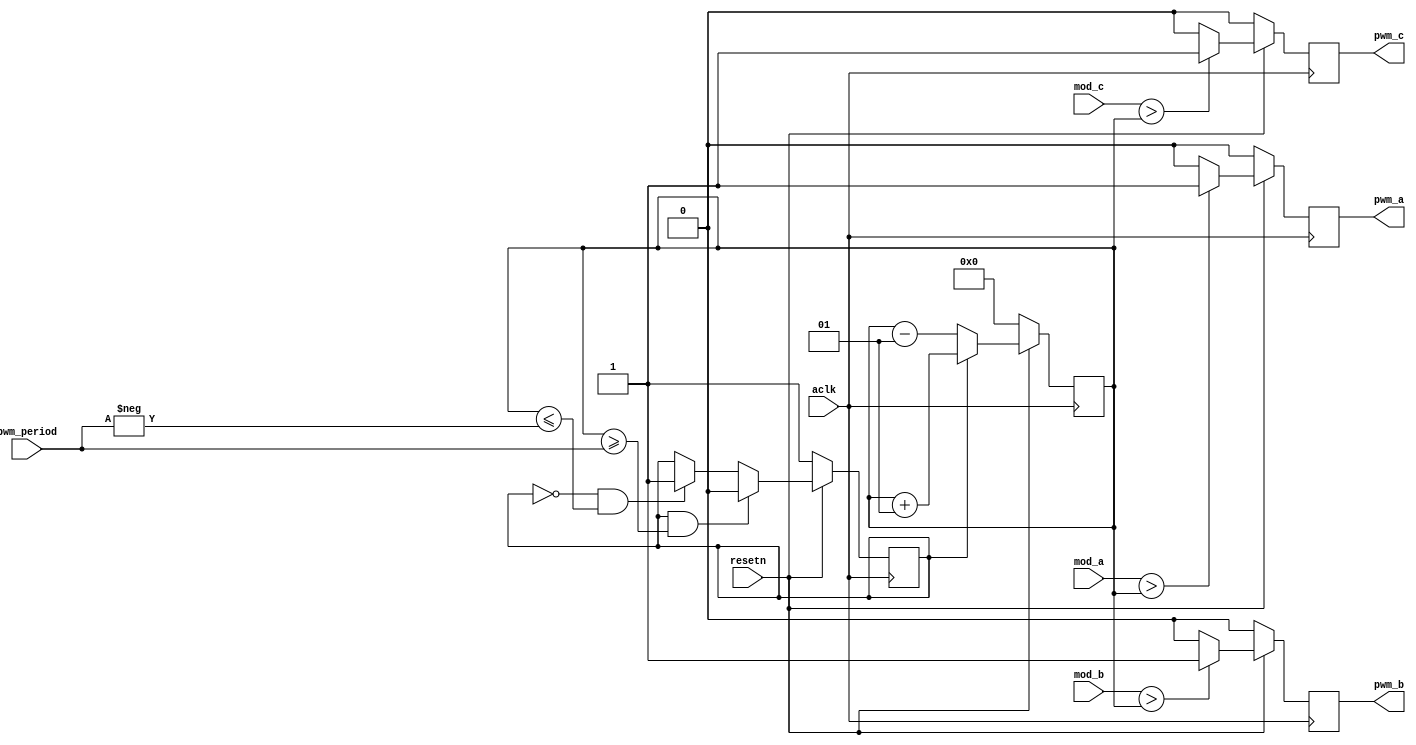
/**
  Module name: three_phase_modulator
  Author: P.Trujillo
  Date: April 2024
  Revision: 1.0
  History: 
    1.0: Module created
**/

`default_nettype none

module three_phase_modulator #(
	parameter pwm_period_width = 16
)(
	input wire aclk, 
	input wire resetn, 

	input wire signed [pwm_period_width-1:0] pwm_period, /* pwm period */
	input wire signed [pwm_period_width-1:0] mod_a, /* modulator for phase a */
	input wire signed [pwm_period_width-1:0] mod_b, /* modulator for phase b */
	input wire signed [pwm_period_width-1:0] mod_c, /* modulator for phase c */

	output reg pwm_a, /* pwm output phase a */
	output reg pwm_b, /* pwm output phase b */
	output reg pwm_c /* pwm output phase c */
);

	reg signed [pwm_period_width-1:0] carrier; /* period carrier */
	reg signed up; /* stores if the ramp is going up or down */

	/**********************************************************************************
	*
	* Carrier generation
	*
	**********************************************************************************/
	always @(posedge aclk)
		if (!resetn)
			up <= 1'b1;
		else
			if (up && (carrier >= pwm_period))
				up <= 1'b0;
			else if (!up && (carrier <= -pwm_period))
				up <= 1'b1;
			else 
				up <= up;
	
	always @(posedge aclk)
		if (!resetn)
			carrier <= 0;
		else 
			carrier <= up? carrier + 1: carrier - 1;

	/**********************************************************************************
	*
	* Phase comparators
	*
	**********************************************************************************/
	/* phase a comparator */
	always @(posedge aclk)
		if (!resetn)
			pwm_a <= 1'b0;
		else 
			pwm_a <= ($signed(mod_a > carrier))? 1'b1: 1'b0;

	/* phase b comparator */
	always @(posedge aclk)
		if (!resetn)
			pwm_b <= 1'b0;
		else 
			pwm_b <= ($signed(mod_b > carrier))? 1'b1: 1'b0;

	/* phase c comparator */
	always @(posedge aclk)
		if (!resetn)
			pwm_c <= 1'b0;
		else 
			pwm_c <= ($signed(mod_c > carrier))? 1'b1: 1'b0;

endmodule